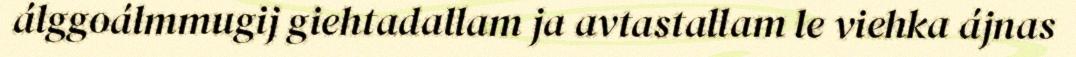
álggoálmmugij giehtadallam ja avtastallam le viehka ájnas